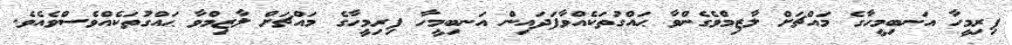
ފިރިމީހާ އަނބިމީހާގެ މައްޗަށް ލާޒިމްވެގެންވާ ޙައްގުތަކެއްވާފަދައިން އަނބިމީހާ ފިރިމީހާގެ މައްޗަށް ލާޒިމްވާ ޙައްގުތަކެއްވެސްވެއެވެ.